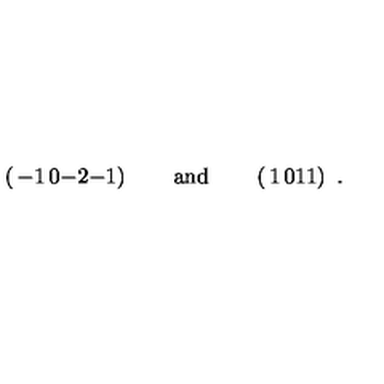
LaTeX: \left( \begin{matrix} { - 1 } & { 0 } \\ { - 2 } & { - 1 } \\ \end{matrix} \right) \qquad \mathrm { a n d } \qquad \left( \begin{matrix} { 1 } & { 0 } \\ { 1 } & { 1 } \\ \end{matrix} \right) \ .